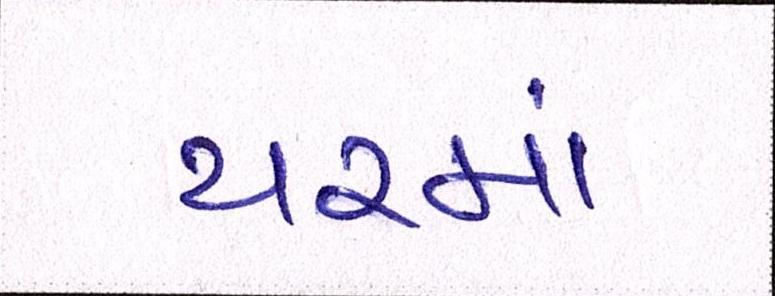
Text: યરમાં